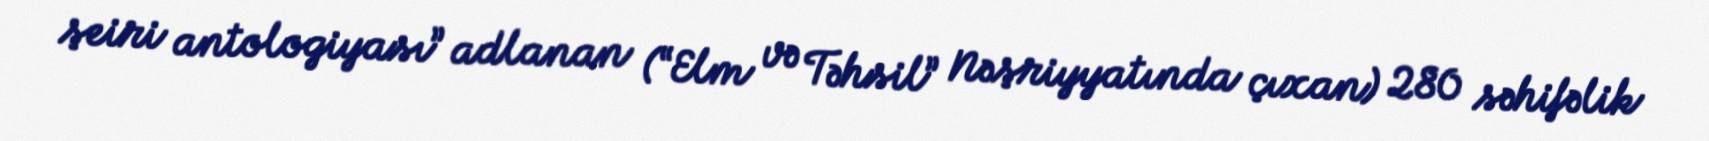
şeiri antologiyası” adlanan (“Elm və Təhsil” Nəşriyyatında çıxan) 280 səhifəlik